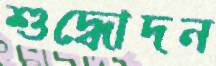
শুদ্ধোদন